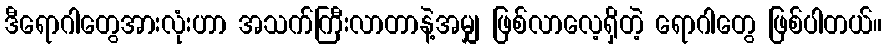
ဒီရောဂါတွေအားလုံးဟာ အသက်ကြီးလာတာနဲ့အမျှ ဖြစ်လာလေ့ရှိတဲ့ ရောဂါတွေ ဖြစ်ပါတယ်။